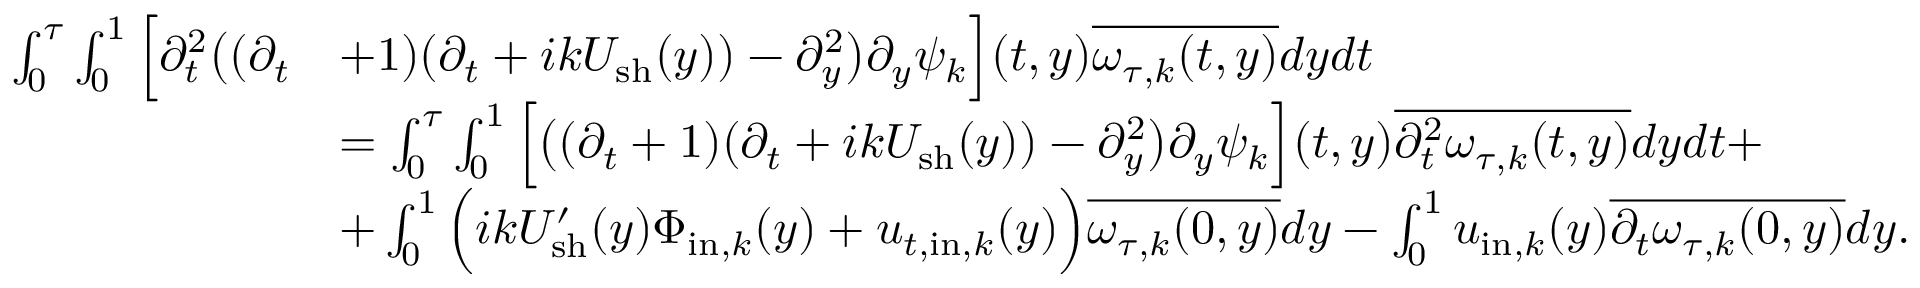
\begin{array} { r l } { \int _ { 0 } ^ { \tau } \int _ { 0 } ^ { 1 } \Big [ \partial _ { t } ^ { 2 } \big ( ( \partial _ { t } } & { + 1 ) ( \partial _ { t } + i k U _ { \mathrm { s h } } ( y ) ) - \partial _ { y } ^ { 2 } \big ) \partial _ { y } \psi _ { k } \Big ] ( t , y ) \overline { { \omega _ { \tau , k } ( t , y ) } } d y d t } \\ & { = \int _ { 0 } ^ { \tau } \int _ { 0 } ^ { 1 } \Big [ \big ( ( \partial _ { t } + 1 ) ( \partial _ { t } + i k U _ { \mathrm { s h } } ( y ) ) - \partial _ { y } ^ { 2 } \big ) \partial _ { y } \psi _ { k } \Big ] ( t , y ) \overline { { \partial _ { t } ^ { 2 } \omega _ { \tau , k } ( t , y ) } } d y d t + } \\ & { + \int _ { 0 } ^ { 1 } \Big ( i k U _ { \mathrm { s h } } ^ { \prime } ( y ) \Phi _ { \mathrm { i n } , k } ( y ) + u _ { t , \mathrm { i n } , k } ( y ) \Big ) \overline { { \omega _ { \tau , k } ( 0 , y ) } } d y - \int _ { 0 } ^ { 1 } u _ { \mathrm { i n } , k } ( y ) \overline { { \partial _ { t } \omega _ { \tau , k } ( 0 , y ) } } d y . } \end{array}